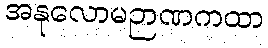
အနုလောမဉာဏကထာ